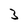
Character: 3